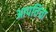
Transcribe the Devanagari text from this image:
आपत्तिंचा